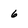
Character: 6